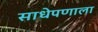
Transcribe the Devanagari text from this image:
साधेपणाला